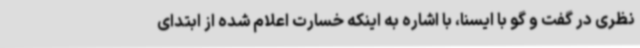
نظری در گفت و گو با ایسنا، با اشاره به اینکه خسارت اعلام شده از ابتدای